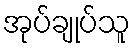
အုပ်ချုပ်သူ